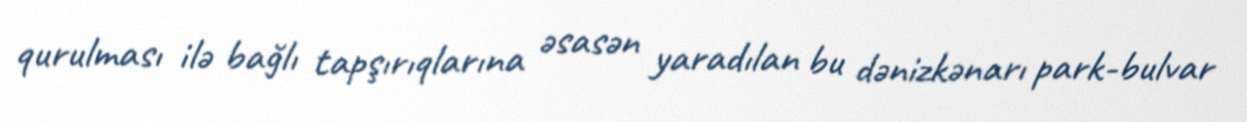
qurulması ilə bağlı tapşırıqlarına əsasən yaradılan bu dənizkənarı park-bulvar